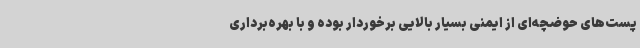
پست‌های حوضچه‌ای از ایمنی بسیار بالایی برخوردار بوده و با بهره‌برداری